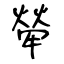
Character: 犖